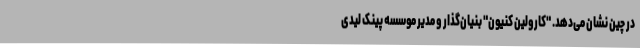
در چین نشان می‌دهد. "کارولین کنیون" بنیان‌گذار و مدیر موسسه پینک لیدی